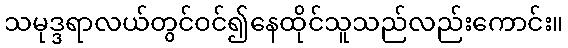
သမုဒ္ဒရာလယ်တွင်ဝင်၍နေထိုင်သူသည်လည်းကောင်း။